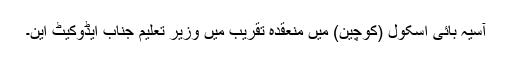
آسیہ بائی اسکول (کوچین) میں منعقدہ تقریب میں وزیر تعلیم جناب ایڈوکیٹ این۔